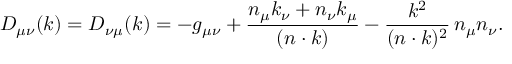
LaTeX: D _ { \mu \nu } ( k ) = D _ { \nu \mu } ( k ) = - g _ { \mu \nu } + \frac { n _ { \mu } k _ { \nu } + n _ { \nu } k _ { \mu } } { ( n \cdot k ) } - \frac { k ^ { 2 } } { ( n \cdot k ) ^ { 2 } } \, n _ { \mu } n _ { \nu } .